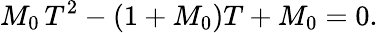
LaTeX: M_{0}\, T^{2}-(1+M_{0})T+M_{0}=0.